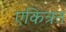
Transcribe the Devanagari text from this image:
एकित्रत